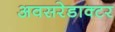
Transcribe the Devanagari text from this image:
अवसरेडाक्टर